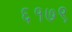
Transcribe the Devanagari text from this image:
६१७९